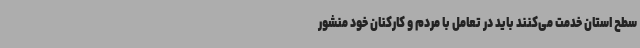
سطح استان خدمت می‌کنند باید در تعامل با مردم و کارکنان خود منشور